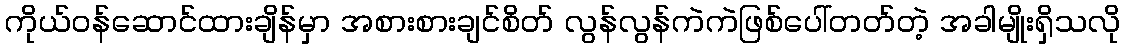
ကိုယ်ဝန်ဆောင်ထားချိန်မှာ အစားစားချင်စိတ် လွန်လွန်ကဲကဲဖြစ်ပေါ်တတ်တဲ့ အခါမျိုးရှိသလို